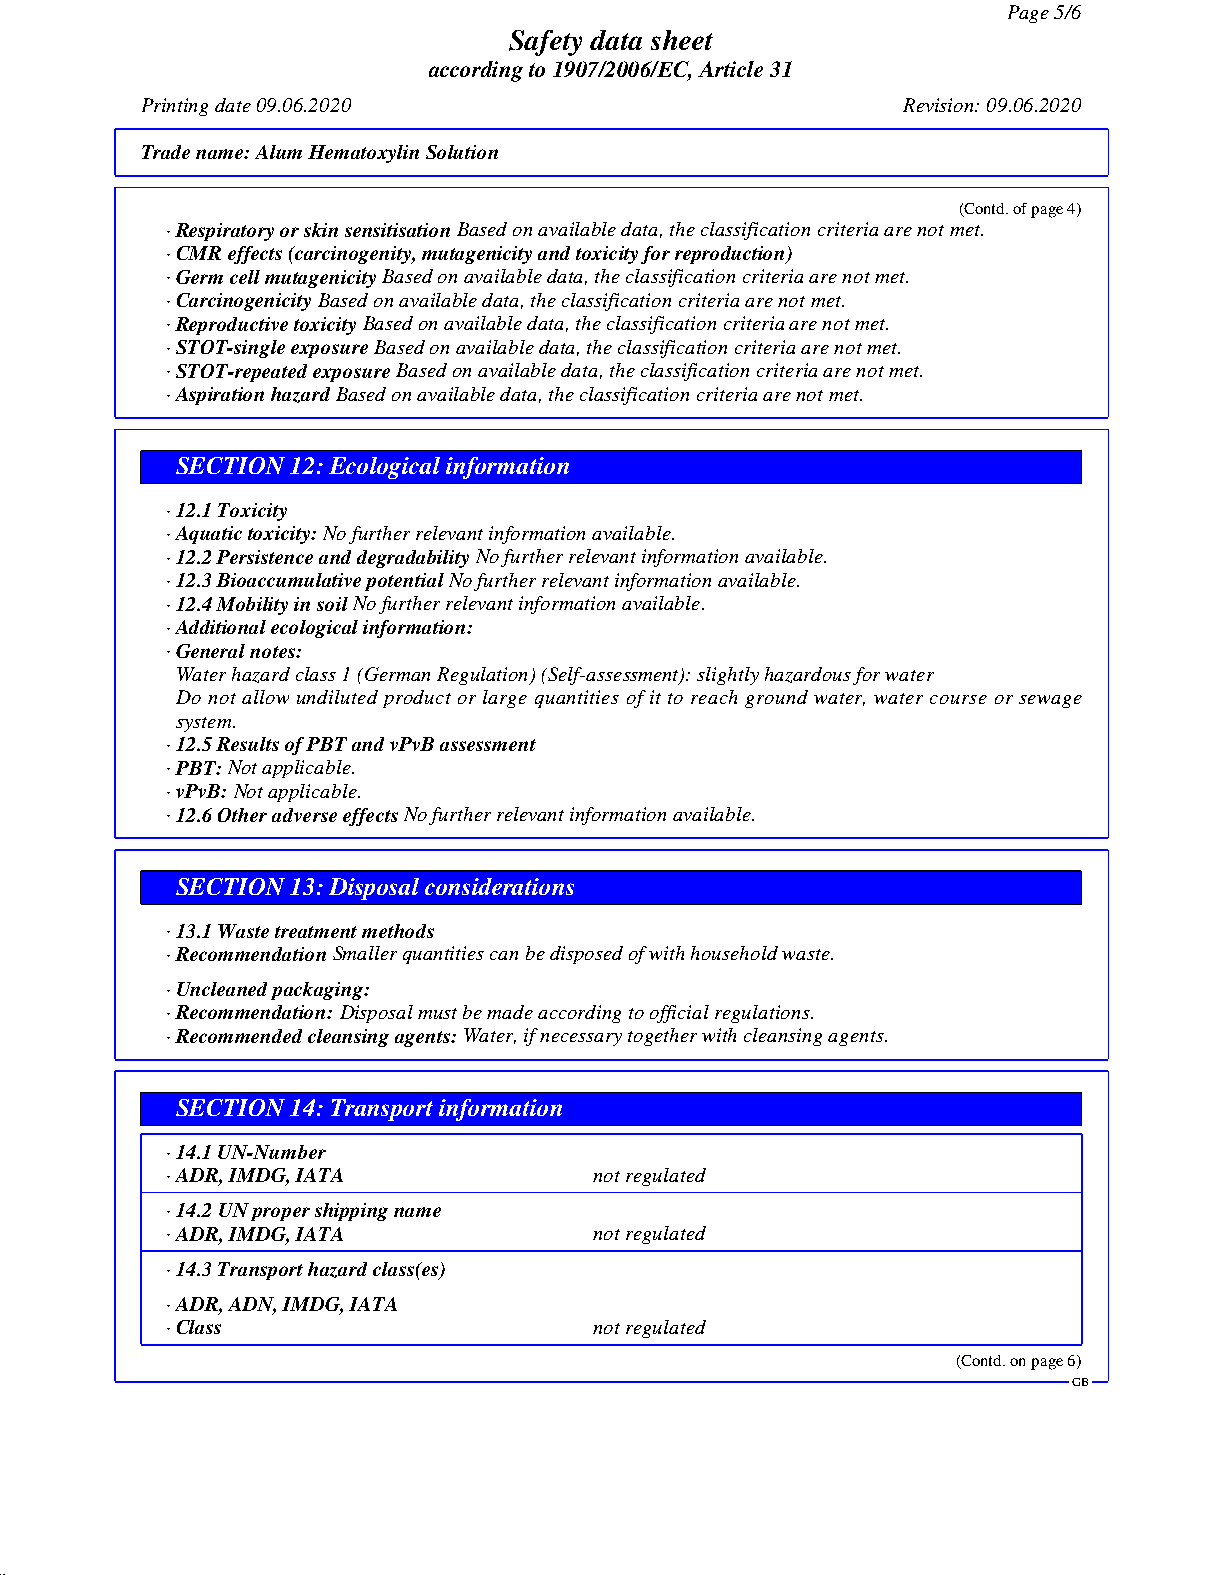
Page 5/6
 Safety data sheet
 according to 1907/2006/EC, Article 31
 Printing date 09.06.2020                           Revision: 09.06.2020
 Trade name:Alum Hematoxylin Solution
 (Contd. of page 4)
 · Respiratory or skin sensitisationBased on available data, the classification criteria are not met.
 · CMR effects (carcinogenity, mutagenicity and toxicity for reproduction)
 · Germ cell mutagenicityBased on available data, the classification criteria are not met.
 · CarcinogenicityBased on available data, the classification criteria are not met.
 · Reproductive toxicityBased on available data, the classification criteria are not met.
 · STOT-single exposureBased on available data, the classification criteria are not met.
 · STOT-repeated exposureBased on available data, the classification criteria are not met.
 · Aspiration hazardBased on available data, the classification criteria are not met.
 SECTION 12: Ecological information
 · 12.1 Toxicity
 · Aquatic toxicity:No further relevant information available.
 · 12.2 Persistence and degradabilityNo further relevant information available.
 · 12.3 Bioaccumulative potentialNo further relevant information available.
 · 12.4 Mobility in soilNo further relevant information available.
 · Additional ecological information:
 · General notes:
 Water hazard class 1 (German Regulation) (Self-assessment): slightly hazardous for water
 Do not allow undiluted product or large quantities of it to reach ground water, water course or sewage
 system.
 · 12.5 Results of PBT and vPvB assessment
 · PBT:Not applicable.
 · vPvB:Not applicable.
 · 12.6 Other adverse effectsNo further relevant information available.
 SECTION 13: Disposal considerations
 · 13.1 Waste treatment methods
 · RecommendationSmaller quantities can be disposed of with household waste.
 · Uncleaned packaging:
 · Recommendation:Disposal must be made according to official regulations.
 · Recommended cleansing agents:Water, if necessary together with cleansing agents.
 SECTION 14: Transport information
 · 14.1 UN-Number
 · ADR, IMDG, IATA           not regulated
 · 14.2 UN proper shipping name
 · ADR, IMDG, IATA           not regulated
 · 14.3 Transport hazard class(es)
 · ADR, ADN, IMDG, IATA
 · Class                     not regulated
 (Contd. on page 6)
 GB
 51.0.2